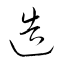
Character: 造